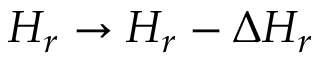
H _ { r } \rightarrow H _ { r } - \Delta H _ { r }